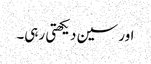
اور سین دیکھتی رہی۔